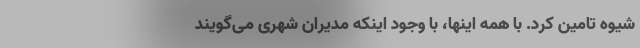
شیوه تامین کرد. با همه اینها، با وجود اینکه مدیران شهری می‌گویند